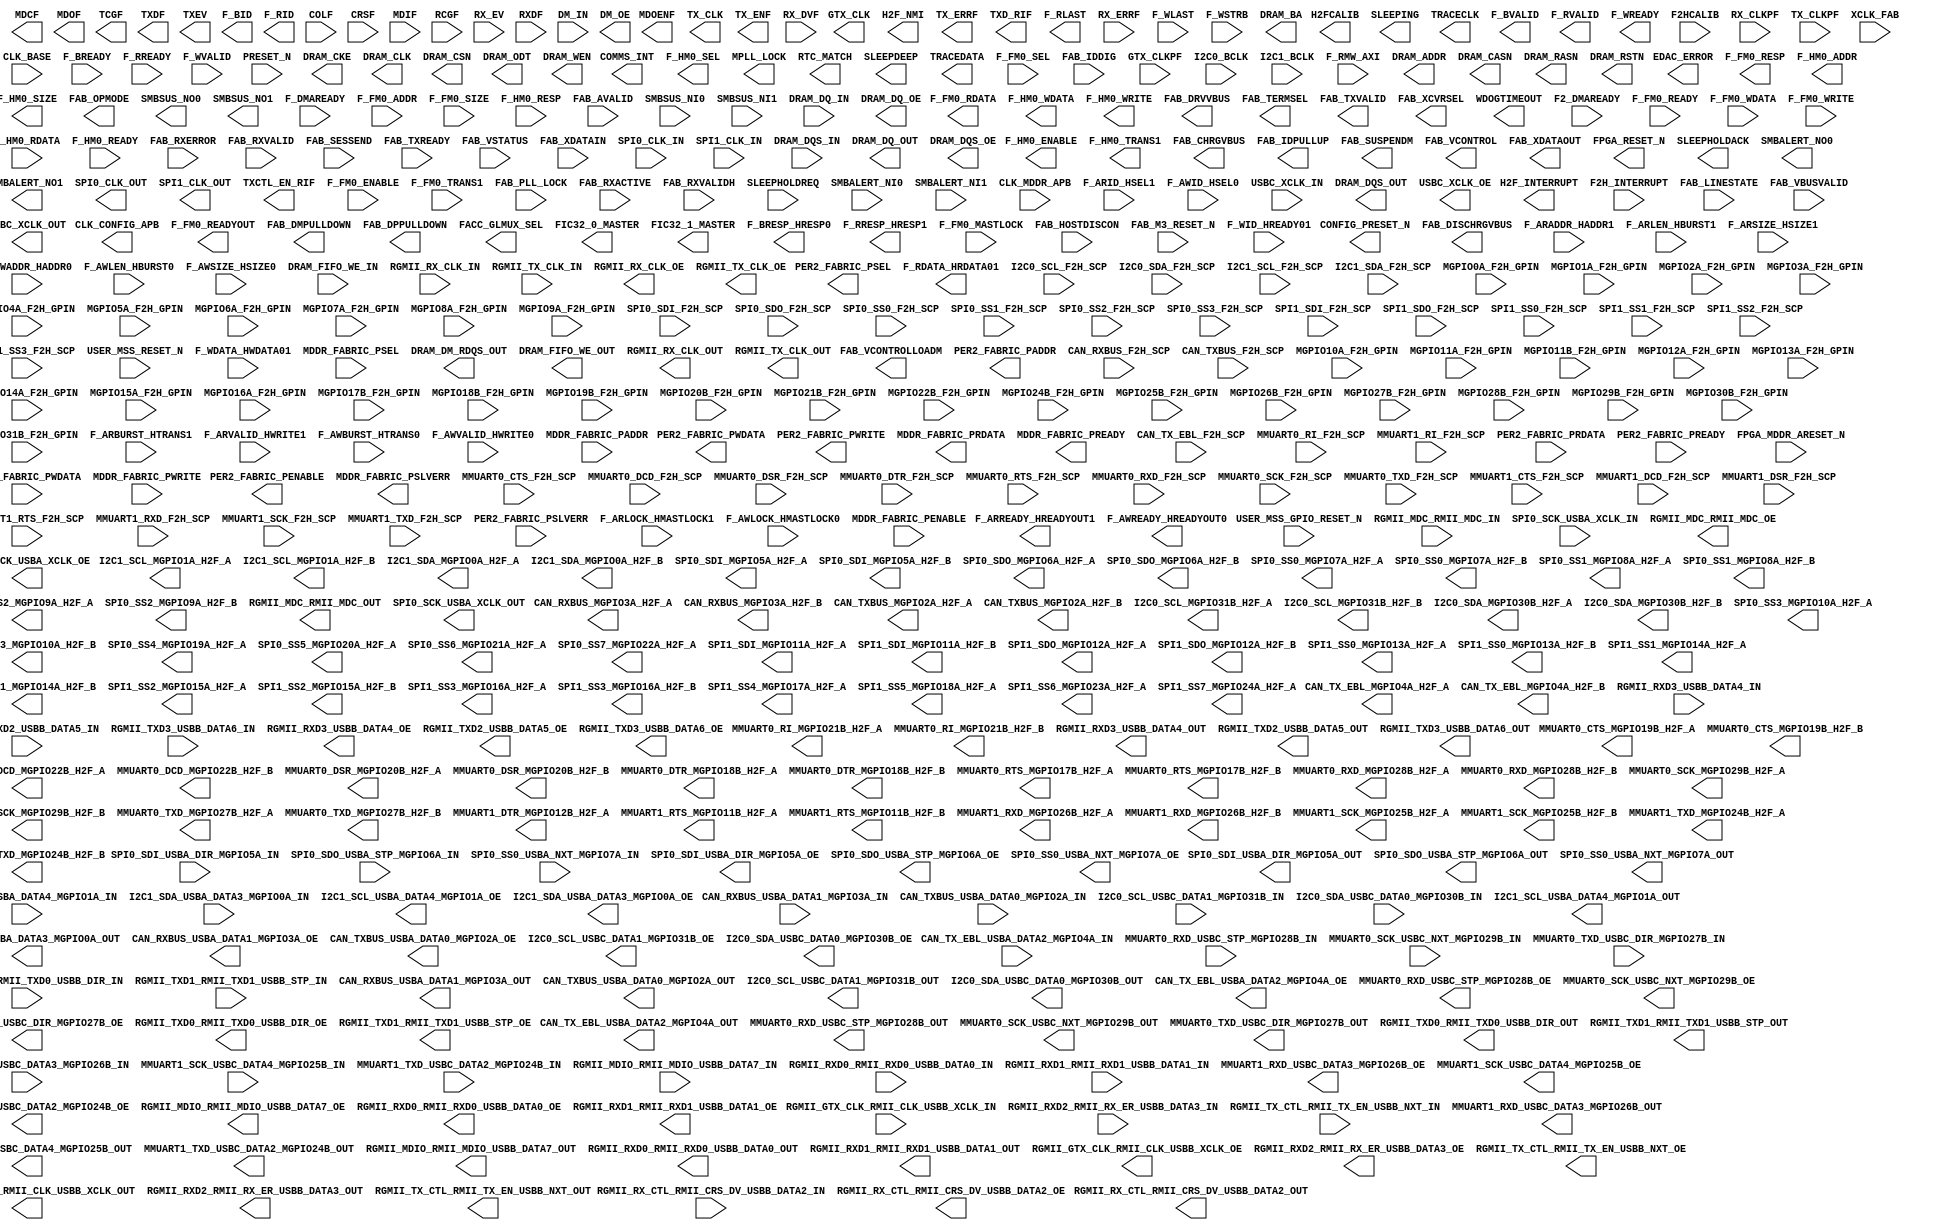
`timescale 1 ns/100 ps
// Version: 


module MSS_005(
       CAN_RXBUS_MGPIO3A_H2F_A,
       CAN_RXBUS_MGPIO3A_H2F_B,
       CAN_TX_EBL_MGPIO4A_H2F_A,
       CAN_TX_EBL_MGPIO4A_H2F_B,
       CAN_TXBUS_MGPIO2A_H2F_A,
       CAN_TXBUS_MGPIO2A_H2F_B,
       CLK_CONFIG_APB,
       COMMS_INT,
       CONFIG_PRESET_N,
       EDAC_ERROR,
       F_FM0_RDATA,
       F_FM0_READYOUT,
       F_FM0_RESP,
       F_HM0_ADDR,
       F_HM0_ENABLE,
       F_HM0_SEL,
       F_HM0_SIZE,
       F_HM0_TRANS1,
       F_HM0_WDATA,
       F_HM0_WRITE,
       FAB_CHRGVBUS,
       FAB_DISCHRGVBUS,
       FAB_DMPULLDOWN,
       FAB_DPPULLDOWN,
       FAB_DRVVBUS,
       FAB_IDPULLUP,
       FAB_OPMODE,
       FAB_SUSPENDM,
       FAB_TERMSEL,
       FAB_TXVALID,
       FAB_VCONTROL,
       FAB_VCONTROLLOADM,
       FAB_XCVRSEL,
       FAB_XDATAOUT,
       FACC_GLMUX_SEL,
       FIC32_0_MASTER,
       FIC32_1_MASTER,
       FPGA_RESET_N,
       GTX_CLK,
       H2F_INTERRUPT,
       H2F_NMI,
       H2FCALIB,
       I2C0_SCL_MGPIO31B_H2F_A,
       I2C0_SCL_MGPIO31B_H2F_B,
       I2C0_SDA_MGPIO30B_H2F_A,
       I2C0_SDA_MGPIO30B_H2F_B,
       I2C1_SCL_MGPIO1A_H2F_A,
       I2C1_SCL_MGPIO1A_H2F_B,
       I2C1_SDA_MGPIO0A_H2F_A,
       I2C1_SDA_MGPIO0A_H2F_B,
       MDCF,
       MDOENF,
       MDOF,
       MMUART0_CTS_MGPIO19B_H2F_A,
       MMUART0_CTS_MGPIO19B_H2F_B,
       MMUART0_DCD_MGPIO22B_H2F_A,
       MMUART0_DCD_MGPIO22B_H2F_B,
       MMUART0_DSR_MGPIO20B_H2F_A,
       MMUART0_DSR_MGPIO20B_H2F_B,
       MMUART0_DTR_MGPIO18B_H2F_A,
       MMUART0_DTR_MGPIO18B_H2F_B,
       MMUART0_RI_MGPIO21B_H2F_A,
       MMUART0_RI_MGPIO21B_H2F_B,
       MMUART0_RTS_MGPIO17B_H2F_A,
       MMUART0_RTS_MGPIO17B_H2F_B,
       MMUART0_RXD_MGPIO28B_H2F_A,
       MMUART0_RXD_MGPIO28B_H2F_B,
       MMUART0_SCK_MGPIO29B_H2F_A,
       MMUART0_SCK_MGPIO29B_H2F_B,
       MMUART0_TXD_MGPIO27B_H2F_A,
       MMUART0_TXD_MGPIO27B_H2F_B,
       MMUART1_DTR_MGPIO12B_H2F_A,
       MMUART1_RTS_MGPIO11B_H2F_A,
       MMUART1_RTS_MGPIO11B_H2F_B,
       MMUART1_RXD_MGPIO26B_H2F_A,
       MMUART1_RXD_MGPIO26B_H2F_B,
       MMUART1_SCK_MGPIO25B_H2F_A,
       MMUART1_SCK_MGPIO25B_H2F_B,
       MMUART1_TXD_MGPIO24B_H2F_A,
       MMUART1_TXD_MGPIO24B_H2F_B,
       MPLL_LOCK,
       PER2_FABRIC_PADDR,
       PER2_FABRIC_PENABLE,
       PER2_FABRIC_PSEL,
       PER2_FABRIC_PWDATA,
       PER2_FABRIC_PWRITE,
       RTC_MATCH,
       SLEEPDEEP,
       SLEEPHOLDACK,
       SLEEPING,
       SMBALERT_NO0,
       SMBALERT_NO1,
       SMBSUS_NO0,
       SMBSUS_NO1,
       SPI0_CLK_OUT,
       SPI0_SDI_MGPIO5A_H2F_A,
       SPI0_SDI_MGPIO5A_H2F_B,
       SPI0_SDO_MGPIO6A_H2F_A,
       SPI0_SDO_MGPIO6A_H2F_B,
       SPI0_SS0_MGPIO7A_H2F_A,
       SPI0_SS0_MGPIO7A_H2F_B,
       SPI0_SS1_MGPIO8A_H2F_A,
       SPI0_SS1_MGPIO8A_H2F_B,
       SPI0_SS2_MGPIO9A_H2F_A,
       SPI0_SS2_MGPIO9A_H2F_B,
       SPI0_SS3_MGPIO10A_H2F_A,
       SPI0_SS3_MGPIO10A_H2F_B,
       SPI0_SS4_MGPIO19A_H2F_A,
       SPI0_SS5_MGPIO20A_H2F_A,
       SPI0_SS6_MGPIO21A_H2F_A,
       SPI0_SS7_MGPIO22A_H2F_A,
       SPI1_CLK_OUT,
       SPI1_SDI_MGPIO11A_H2F_A,
       SPI1_SDI_MGPIO11A_H2F_B,
       SPI1_SDO_MGPIO12A_H2F_A,
       SPI1_SDO_MGPIO12A_H2F_B,
       SPI1_SS0_MGPIO13A_H2F_A,
       SPI1_SS0_MGPIO13A_H2F_B,
       SPI1_SS1_MGPIO14A_H2F_A,
       SPI1_SS1_MGPIO14A_H2F_B,
       SPI1_SS2_MGPIO15A_H2F_A,
       SPI1_SS2_MGPIO15A_H2F_B,
       SPI1_SS3_MGPIO16A_H2F_A,
       SPI1_SS3_MGPIO16A_H2F_B,
       SPI1_SS4_MGPIO17A_H2F_A,
       SPI1_SS5_MGPIO18A_H2F_A,
       SPI1_SS6_MGPIO23A_H2F_A,
       SPI1_SS7_MGPIO24A_H2F_A,
       TCGF,
       TRACECLK,
       TRACEDATA,
       TX_CLK,
       TX_ENF,
       TX_ERRF,
       TXCTL_EN_RIF,
       TXD_RIF,
       TXDF,
       TXEV,
       WDOGTIMEOUT,
       F_ARREADY_HREADYOUT1,
       F_AWREADY_HREADYOUT0,
       F_BID,
       F_BRESP_HRESP0,
       F_BVALID,
       F_RDATA_HRDATA01,
       F_RID,
       F_RLAST,
       F_RRESP_HRESP1,
       F_RVALID,
       F_WREADY,
       MDDR_FABRIC_PRDATA,
       MDDR_FABRIC_PREADY,
       MDDR_FABRIC_PSLVERR,
       CAN_RXBUS_F2H_SCP,
       CAN_TX_EBL_F2H_SCP,
       CAN_TXBUS_F2H_SCP,
       COLF,
       CRSF,
       F2_DMAREADY,
       F2H_INTERRUPT,
       F2HCALIB,
       F_DMAREADY,
       F_FM0_ADDR,
       F_FM0_ENABLE,
       F_FM0_MASTLOCK,
       F_FM0_READY,
       F_FM0_SEL,
       F_FM0_SIZE,
       F_FM0_TRANS1,
       F_FM0_WDATA,
       F_FM0_WRITE,
       F_HM0_RDATA,
       F_HM0_READY,
       F_HM0_RESP,
       FAB_AVALID,
       FAB_HOSTDISCON,
       FAB_IDDIG,
       FAB_LINESTATE,
       FAB_M3_RESET_N,
       FAB_PLL_LOCK,
       FAB_RXACTIVE,
       FAB_RXERROR,
       FAB_RXVALID,
       FAB_RXVALIDH,
       FAB_SESSEND,
       FAB_TXREADY,
       FAB_VBUSVALID,
       FAB_VSTATUS,
       FAB_XDATAIN,
       GTX_CLKPF,
       I2C0_BCLK,
       I2C0_SCL_F2H_SCP,
       I2C0_SDA_F2H_SCP,
       I2C1_BCLK,
       I2C1_SCL_F2H_SCP,
       I2C1_SDA_F2H_SCP,
       MDIF,
       MGPIO0A_F2H_GPIN,
       MGPIO10A_F2H_GPIN,
       MGPIO11A_F2H_GPIN,
       MGPIO11B_F2H_GPIN,
       MGPIO12A_F2H_GPIN,
       MGPIO13A_F2H_GPIN,
       MGPIO14A_F2H_GPIN,
       MGPIO15A_F2H_GPIN,
       MGPIO16A_F2H_GPIN,
       MGPIO17B_F2H_GPIN,
       MGPIO18B_F2H_GPIN,
       MGPIO19B_F2H_GPIN,
       MGPIO1A_F2H_GPIN,
       MGPIO20B_F2H_GPIN,
       MGPIO21B_F2H_GPIN,
       MGPIO22B_F2H_GPIN,
       MGPIO24B_F2H_GPIN,
       MGPIO25B_F2H_GPIN,
       MGPIO26B_F2H_GPIN,
       MGPIO27B_F2H_GPIN,
       MGPIO28B_F2H_GPIN,
       MGPIO29B_F2H_GPIN,
       MGPIO2A_F2H_GPIN,
       MGPIO30B_F2H_GPIN,
       MGPIO31B_F2H_GPIN,
       MGPIO3A_F2H_GPIN,
       MGPIO4A_F2H_GPIN,
       MGPIO5A_F2H_GPIN,
       MGPIO6A_F2H_GPIN,
       MGPIO7A_F2H_GPIN,
       MGPIO8A_F2H_GPIN,
       MGPIO9A_F2H_GPIN,
       MMUART0_CTS_F2H_SCP,
       MMUART0_DCD_F2H_SCP,
       MMUART0_DSR_F2H_SCP,
       MMUART0_DTR_F2H_SCP,
       MMUART0_RI_F2H_SCP,
       MMUART0_RTS_F2H_SCP,
       MMUART0_RXD_F2H_SCP,
       MMUART0_SCK_F2H_SCP,
       MMUART0_TXD_F2H_SCP,
       MMUART1_CTS_F2H_SCP,
       MMUART1_DCD_F2H_SCP,
       MMUART1_DSR_F2H_SCP,
       MMUART1_RI_F2H_SCP,
       MMUART1_RTS_F2H_SCP,
       MMUART1_RXD_F2H_SCP,
       MMUART1_SCK_F2H_SCP,
       MMUART1_TXD_F2H_SCP,
       PER2_FABRIC_PRDATA,
       PER2_FABRIC_PREADY,
       PER2_FABRIC_PSLVERR,
       RCGF,
       RX_CLKPF,
       RX_DVF,
       RX_ERRF,
       RX_EV,
       RXDF,
       SLEEPHOLDREQ,
       SMBALERT_NI0,
       SMBALERT_NI1,
       SMBSUS_NI0,
       SMBSUS_NI1,
       SPI0_CLK_IN,
       SPI0_SDI_F2H_SCP,
       SPI0_SDO_F2H_SCP,
       SPI0_SS0_F2H_SCP,
       SPI0_SS1_F2H_SCP,
       SPI0_SS2_F2H_SCP,
       SPI0_SS3_F2H_SCP,
       SPI1_CLK_IN,
       SPI1_SDI_F2H_SCP,
       SPI1_SDO_F2H_SCP,
       SPI1_SS0_F2H_SCP,
       SPI1_SS1_F2H_SCP,
       SPI1_SS2_F2H_SCP,
       SPI1_SS3_F2H_SCP,
       TX_CLKPF,
       USER_MSS_GPIO_RESET_N,
       USER_MSS_RESET_N,
       XCLK_FAB,
       CLK_BASE,
       CLK_MDDR_APB,
       F_ARADDR_HADDR1,
       F_ARBURST_HTRANS1,
       F_ARID_HSEL1,
       F_ARLEN_HBURST1,
       F_ARLOCK_HMASTLOCK1,
       F_ARSIZE_HSIZE1,
       F_ARVALID_HWRITE1,
       F_AWADDR_HADDR0,
       F_AWBURST_HTRANS0,
       F_AWID_HSEL0,
       F_AWLEN_HBURST0,
       F_AWLOCK_HMASTLOCK0,
       F_AWSIZE_HSIZE0,
       F_AWVALID_HWRITE0,
       F_BREADY,
       F_RMW_AXI,
       F_RREADY,
       F_WDATA_HWDATA01,
       F_WID_HREADY01,
       F_WLAST,
       F_WSTRB,
       F_WVALID,
       FPGA_MDDR_ARESET_N,
       MDDR_FABRIC_PADDR,
       MDDR_FABRIC_PENABLE,
       MDDR_FABRIC_PSEL,
       MDDR_FABRIC_PWDATA,
       MDDR_FABRIC_PWRITE,
       PRESET_N,
       CAN_RXBUS_USBA_DATA1_MGPIO3A_IN,
       CAN_TX_EBL_USBA_DATA2_MGPIO4A_IN,
       CAN_TXBUS_USBA_DATA0_MGPIO2A_IN,
       DM_IN,
       DRAM_DQ_IN,
       DRAM_DQS_IN,
       DRAM_FIFO_WE_IN,
       I2C0_SCL_USBC_DATA1_MGPIO31B_IN,
       I2C0_SDA_USBC_DATA0_MGPIO30B_IN,
       I2C1_SCL_USBA_DATA4_MGPIO1A_IN,
       I2C1_SDA_USBA_DATA3_MGPIO0A_IN,
       MMUART0_RXD_USBC_STP_MGPIO28B_IN,
       MMUART0_SCK_USBC_NXT_MGPIO29B_IN,
       MMUART0_TXD_USBC_DIR_MGPIO27B_IN,
       MMUART1_RXD_USBC_DATA3_MGPIO26B_IN,
       MMUART1_SCK_USBC_DATA4_MGPIO25B_IN,
       MMUART1_TXD_USBC_DATA2_MGPIO24B_IN,
       RGMII_GTX_CLK_RMII_CLK_USBB_XCLK_IN,
       RGMII_MDC_RMII_MDC_IN,
       RGMII_MDIO_RMII_MDIO_USBB_DATA7_IN,
       RGMII_RX_CLK_IN,
       RGMII_RX_CTL_RMII_CRS_DV_USBB_DATA2_IN,
       RGMII_RXD0_RMII_RXD0_USBB_DATA0_IN,
       RGMII_RXD1_RMII_RXD1_USBB_DATA1_IN,
       RGMII_RXD2_RMII_RX_ER_USBB_DATA3_IN,
       RGMII_RXD3_USBB_DATA4_IN,
       RGMII_TX_CLK_IN,
       RGMII_TX_CTL_RMII_TX_EN_USBB_NXT_IN,
       RGMII_TXD0_RMII_TXD0_USBB_DIR_IN,
       RGMII_TXD1_RMII_TXD1_USBB_STP_IN,
       RGMII_TXD2_USBB_DATA5_IN,
       RGMII_TXD3_USBB_DATA6_IN,
       SPI0_SCK_USBA_XCLK_IN,
       SPI0_SDI_USBA_DIR_MGPIO5A_IN,
       SPI0_SDO_USBA_STP_MGPIO6A_IN,
       SPI0_SS0_USBA_NXT_MGPIO7A_IN,
       USBC_XCLK_IN,
       CAN_RXBUS_USBA_DATA1_MGPIO3A_OUT,
       CAN_TX_EBL_USBA_DATA2_MGPIO4A_OUT,
       CAN_TXBUS_USBA_DATA0_MGPIO2A_OUT,
       DRAM_ADDR,
       DRAM_BA,
       DRAM_CASN,
       DRAM_CKE,
       DRAM_CLK,
       DRAM_CSN,
       DRAM_DM_RDQS_OUT,
       DRAM_DQ_OUT,
       DRAM_DQS_OUT,
       DRAM_FIFO_WE_OUT,
       DRAM_ODT,
       DRAM_RASN,
       DRAM_RSTN,
       DRAM_WEN,
       I2C0_SCL_USBC_DATA1_MGPIO31B_OUT,
       I2C0_SDA_USBC_DATA0_MGPIO30B_OUT,
       I2C1_SCL_USBA_DATA4_MGPIO1A_OUT,
       I2C1_SDA_USBA_DATA3_MGPIO0A_OUT,
       MMUART0_RXD_USBC_STP_MGPIO28B_OUT,
       MMUART0_SCK_USBC_NXT_MGPIO29B_OUT,
       MMUART0_TXD_USBC_DIR_MGPIO27B_OUT,
       MMUART1_RXD_USBC_DATA3_MGPIO26B_OUT,
       MMUART1_SCK_USBC_DATA4_MGPIO25B_OUT,
       MMUART1_TXD_USBC_DATA2_MGPIO24B_OUT,
       RGMII_GTX_CLK_RMII_CLK_USBB_XCLK_OUT,
       RGMII_MDC_RMII_MDC_OUT,
       RGMII_MDIO_RMII_MDIO_USBB_DATA7_OUT,
       RGMII_RX_CLK_OUT,
       RGMII_RX_CTL_RMII_CRS_DV_USBB_DATA2_OUT,
       RGMII_RXD0_RMII_RXD0_USBB_DATA0_OUT,
       RGMII_RXD1_RMII_RXD1_USBB_DATA1_OUT,
       RGMII_RXD2_RMII_RX_ER_USBB_DATA3_OUT,
       RGMII_RXD3_USBB_DATA4_OUT,
       RGMII_TX_CLK_OUT,
       RGMII_TX_CTL_RMII_TX_EN_USBB_NXT_OUT,
       RGMII_TXD0_RMII_TXD0_USBB_DIR_OUT,
       RGMII_TXD1_RMII_TXD1_USBB_STP_OUT,
       RGMII_TXD2_USBB_DATA5_OUT,
       RGMII_TXD3_USBB_DATA6_OUT,
       SPI0_SCK_USBA_XCLK_OUT,
       SPI0_SDI_USBA_DIR_MGPIO5A_OUT,
       SPI0_SDO_USBA_STP_MGPIO6A_OUT,
       SPI0_SS0_USBA_NXT_MGPIO7A_OUT,
       USBC_XCLK_OUT,
       CAN_RXBUS_USBA_DATA1_MGPIO3A_OE,
       CAN_TX_EBL_USBA_DATA2_MGPIO4A_OE,
       CAN_TXBUS_USBA_DATA0_MGPIO2A_OE,
       DM_OE,
       DRAM_DQ_OE,
       DRAM_DQS_OE,
       I2C0_SCL_USBC_DATA1_MGPIO31B_OE,
       I2C0_SDA_USBC_DATA0_MGPIO30B_OE,
       I2C1_SCL_USBA_DATA4_MGPIO1A_OE,
       I2C1_SDA_USBA_DATA3_MGPIO0A_OE,
       MMUART0_RXD_USBC_STP_MGPIO28B_OE,
       MMUART0_SCK_USBC_NXT_MGPIO29B_OE,
       MMUART0_TXD_USBC_DIR_MGPIO27B_OE,
       MMUART1_RXD_USBC_DATA3_MGPIO26B_OE,
       MMUART1_SCK_USBC_DATA4_MGPIO25B_OE,
       MMUART1_TXD_USBC_DATA2_MGPIO24B_OE,
       RGMII_GTX_CLK_RMII_CLK_USBB_XCLK_OE,
       RGMII_MDC_RMII_MDC_OE,
       RGMII_MDIO_RMII_MDIO_USBB_DATA7_OE,
       RGMII_RX_CLK_OE,
       RGMII_RX_CTL_RMII_CRS_DV_USBB_DATA2_OE,
       RGMII_RXD0_RMII_RXD0_USBB_DATA0_OE,
       RGMII_RXD1_RMII_RXD1_USBB_DATA1_OE,
       RGMII_RXD2_RMII_RX_ER_USBB_DATA3_OE,
       RGMII_RXD3_USBB_DATA4_OE,
       RGMII_TX_CLK_OE,
       RGMII_TX_CTL_RMII_TX_EN_USBB_NXT_OE,
       RGMII_TXD0_RMII_TXD0_USBB_DIR_OE,
       RGMII_TXD1_RMII_TXD1_USBB_STP_OE,
       RGMII_TXD2_USBB_DATA5_OE,
       RGMII_TXD3_USBB_DATA6_OE,
       SPI0_SCK_USBA_XCLK_OE,
       SPI0_SDI_USBA_DIR_MGPIO5A_OE,
       SPI0_SDO_USBA_STP_MGPIO6A_OE,
       SPI0_SS0_USBA_NXT_MGPIO7A_OE,
       USBC_XCLK_OE
    )
/* synthesis black_box

pragma attribute MSS_005 ment_tsu0 CAN_RXBUS_F2H_SCP->CLK_BASE+1.233
pragma attribute MSS_005 ment_tsu1 F2HCALIB->CLK_BASE+0.964
pragma attribute MSS_005 ment_tsu2 F2H_INTERRUPT[0]->CLK_BASE+0.749
pragma attribute MSS_005 ment_tsu3 F2H_INTERRUPT[10]->CLK_BASE+0.808
pragma attribute MSS_005 ment_tsu4 F2H_INTERRUPT[11]->CLK_BASE+0.824
pragma attribute MSS_005 ment_tsu5 F2H_INTERRUPT[12]->CLK_BASE+0.789
pragma attribute MSS_005 ment_tsu6 F2H_INTERRUPT[13]->CLK_BASE+0.819
pragma attribute MSS_005 ment_tsu7 F2H_INTERRUPT[14]->CLK_BASE+0.831
pragma attribute MSS_005 ment_tsu8 F2H_INTERRUPT[15]->CLK_BASE+0.812
pragma attribute MSS_005 ment_tsu9 F2H_INTERRUPT[1]->CLK_BASE+0.699
pragma attribute MSS_005 ment_tsu10 F2H_INTERRUPT[2]->CLK_BASE+0.819
pragma attribute MSS_005 ment_tsu11 F2H_INTERRUPT[3]->CLK_BASE+0.838
pragma attribute MSS_005 ment_tsu12 F2H_INTERRUPT[4]->CLK_BASE+0.855
pragma attribute MSS_005 ment_tsu13 F2H_INTERRUPT[5]->CLK_BASE+0.821
pragma attribute MSS_005 ment_tsu14 F2H_INTERRUPT[6]->CLK_BASE+0.721
pragma attribute MSS_005 ment_tsu15 F2H_INTERRUPT[7]->CLK_BASE+0.778
pragma attribute MSS_005 ment_tsu16 F2H_INTERRUPT[8]->CLK_BASE+0.721
pragma attribute MSS_005 ment_tsu17 F2H_INTERRUPT[9]->CLK_BASE+0.704
pragma attribute MSS_005 ment_tsu18 F_FM0_ADDR[0]->CLK_BASE+3.157
pragma attribute MSS_005 ment_tsu19 F_FM0_ADDR[10]->CLK_BASE+4.029
pragma attribute MSS_005 ment_tsu20 F_FM0_ADDR[11]->CLK_BASE+4.054
pragma attribute MSS_005 ment_tsu21 F_FM0_ADDR[12]->CLK_BASE+4.190
pragma attribute MSS_005 ment_tsu22 F_FM0_ADDR[13]->CLK_BASE+3.896
pragma attribute MSS_005 ment_tsu23 F_FM0_ADDR[14]->CLK_BASE+4.078
pragma attribute MSS_005 ment_tsu24 F_FM0_ADDR[15]->CLK_BASE+3.993
pragma attribute MSS_005 ment_tsu25 F_FM0_ADDR[16]->CLK_BASE+3.837
pragma attribute MSS_005 ment_tsu26 F_FM0_ADDR[17]->CLK_BASE+4.419
pragma attribute MSS_005 ment_tsu27 F_FM0_ADDR[18]->CLK_BASE+4.784
pragma attribute MSS_005 ment_tsu28 F_FM0_ADDR[19]->CLK_BASE+4.419
pragma attribute MSS_005 ment_tsu29 F_FM0_ADDR[1]->CLK_BASE+2.852
pragma attribute MSS_005 ment_tsu30 F_FM0_ADDR[20]->CLK_BASE+4.720
pragma attribute MSS_005 ment_tsu31 F_FM0_ADDR[21]->CLK_BASE+4.497
pragma attribute MSS_005 ment_tsu32 F_FM0_ADDR[22]->CLK_BASE+4.823
pragma attribute MSS_005 ment_tsu33 F_FM0_ADDR[23]->CLK_BASE+4.319
pragma attribute MSS_005 ment_tsu34 F_FM0_ADDR[24]->CLK_BASE+4.318
pragma attribute MSS_005 ment_tsu35 F_FM0_ADDR[25]->CLK_BASE+4.860
pragma attribute MSS_005 ment_tsu36 F_FM0_ADDR[26]->CLK_BASE+4.380
pragma attribute MSS_005 ment_tsu37 F_FM0_ADDR[27]->CLK_BASE+4.569
pragma attribute MSS_005 ment_tsu38 F_FM0_ADDR[28]->CLK_BASE+4.434
pragma attribute MSS_005 ment_tsu39 F_FM0_ADDR[29]->CLK_BASE+4.528
pragma attribute MSS_005 ment_tsu40 F_FM0_ADDR[2]->CLK_BASE+3.346
pragma attribute MSS_005 ment_tsu41 F_FM0_ADDR[30]->CLK_BASE+4.568
pragma attribute MSS_005 ment_tsu42 F_FM0_ADDR[31]->CLK_BASE+4.691
pragma attribute MSS_005 ment_tsu43 F_FM0_ADDR[3]->CLK_BASE+2.863
pragma attribute MSS_005 ment_tsu44 F_FM0_ADDR[4]->CLK_BASE+3.041
pragma attribute MSS_005 ment_tsu45 F_FM0_ADDR[5]->CLK_BASE+2.907
pragma attribute MSS_005 ment_tsu46 F_FM0_ADDR[6]->CLK_BASE+3.001
pragma attribute MSS_005 ment_tsu47 F_FM0_ADDR[7]->CLK_BASE+3.974
pragma attribute MSS_005 ment_tsu48 F_FM0_ADDR[8]->CLK_BASE+3.948
pragma attribute MSS_005 ment_tsu49 F_FM0_ADDR[9]->CLK_BASE+4.230
pragma attribute MSS_005 ment_tsu50 F_FM0_ENABLE->CLK_BASE+1.226
pragma attribute MSS_005 ment_tsu51 F_FM0_MASTLOCK->CLK_BASE+3.904
pragma attribute MSS_005 ment_tsu52 F_FM0_READY->CLK_BASE+0.819
pragma attribute MSS_005 ment_tsu53 F_FM0_SEL->CLK_BASE+1.313
pragma attribute MSS_005 ment_tsu54 F_FM0_SIZE[0]->CLK_BASE+2.736
pragma attribute MSS_005 ment_tsu55 F_FM0_SIZE[1]->CLK_BASE+3.034
pragma attribute MSS_005 ment_tsu56 F_FM0_TRANS1->CLK_BASE+4.832
pragma attribute MSS_005 ment_tsu57 F_FM0_WDATA[0]->CLK_BASE+2.685
pragma attribute MSS_005 ment_tsu58 F_FM0_WDATA[10]->CLK_BASE+2.993
pragma attribute MSS_005 ment_tsu59 F_FM0_WDATA[11]->CLK_BASE+2.691
pragma attribute MSS_005 ment_tsu60 F_FM0_WDATA[12]->CLK_BASE+2.572
pragma attribute MSS_005 ment_tsu61 F_FM0_WDATA[13]->CLK_BASE+3.037
pragma attribute MSS_005 ment_tsu62 F_FM0_WDATA[14]->CLK_BASE+2.965
pragma attribute MSS_005 ment_tsu63 F_FM0_WDATA[15]->CLK_BASE+2.918
pragma attribute MSS_005 ment_tsu64 F_FM0_WDATA[16]->CLK_BASE+2.724
pragma attribute MSS_005 ment_tsu65 F_FM0_WDATA[17]->CLK_BASE+2.852
pragma attribute MSS_005 ment_tsu66 F_FM0_WDATA[18]->CLK_BASE+2.914
pragma attribute MSS_005 ment_tsu67 F_FM0_WDATA[19]->CLK_BASE+2.542
pragma attribute MSS_005 ment_tsu68 F_FM0_WDATA[1]->CLK_BASE+3.374
pragma attribute MSS_005 ment_tsu69 F_FM0_WDATA[20]->CLK_BASE+2.949
pragma attribute MSS_005 ment_tsu70 F_FM0_WDATA[21]->CLK_BASE+2.697
pragma attribute MSS_005 ment_tsu71 F_FM0_WDATA[22]->CLK_BASE+2.682
pragma attribute MSS_005 ment_tsu72 F_FM0_WDATA[23]->CLK_BASE+2.929
pragma attribute MSS_005 ment_tsu73 F_FM0_WDATA[24]->CLK_BASE+2.608
pragma attribute MSS_005 ment_tsu74 F_FM0_WDATA[25]->CLK_BASE+2.801
pragma attribute MSS_005 ment_tsu75 F_FM0_WDATA[26]->CLK_BASE+2.526
pragma attribute MSS_005 ment_tsu76 F_FM0_WDATA[27]->CLK_BASE+2.965
pragma attribute MSS_005 ment_tsu77 F_FM0_WDATA[28]->CLK_BASE+2.645
pragma attribute MSS_005 ment_tsu78 F_FM0_WDATA[29]->CLK_BASE+2.932
pragma attribute MSS_005 ment_tsu79 F_FM0_WDATA[2]->CLK_BASE+2.686
pragma attribute MSS_005 ment_tsu80 F_FM0_WDATA[30]->CLK_BASE+2.873
pragma attribute MSS_005 ment_tsu81 F_FM0_WDATA[31]->CLK_BASE+2.649
pragma attribute MSS_005 ment_tsu82 F_FM0_WDATA[3]->CLK_BASE+2.655
pragma attribute MSS_005 ment_tsu83 F_FM0_WDATA[4]->CLK_BASE+2.920
pragma attribute MSS_005 ment_tsu84 F_FM0_WDATA[5]->CLK_BASE+2.742
pragma attribute MSS_005 ment_tsu85 F_FM0_WDATA[6]->CLK_BASE+2.592
pragma attribute MSS_005 ment_tsu86 F_FM0_WDATA[7]->CLK_BASE+3.007
pragma attribute MSS_005 ment_tsu87 F_FM0_WDATA[8]->CLK_BASE+3.222
pragma attribute MSS_005 ment_tsu88 F_FM0_WDATA[9]->CLK_BASE+2.574
pragma attribute MSS_005 ment_tsu89 F_FM0_WRITE->CLK_BASE+4.863
pragma attribute MSS_005 ment_tsu90 F_HM0_RDATA[0]->CLK_BASE+3.120
pragma attribute MSS_005 ment_tsu91 F_HM0_RDATA[10]->CLK_BASE+3.296
pragma attribute MSS_005 ment_tsu92 F_HM0_RDATA[11]->CLK_BASE+2.921
pragma attribute MSS_005 ment_tsu93 F_HM0_RDATA[12]->CLK_BASE+3.507
pragma attribute MSS_005 ment_tsu94 F_HM0_RDATA[13]->CLK_BASE+3.101
pragma attribute MSS_005 ment_tsu95 F_HM0_RDATA[14]->CLK_BASE+3.240
pragma attribute MSS_005 ment_tsu96 F_HM0_RDATA[15]->CLK_BASE+3.109
pragma attribute MSS_005 ment_tsu97 F_HM0_RDATA[16]->CLK_BASE+3.210
pragma attribute MSS_005 ment_tsu98 F_HM0_RDATA[17]->CLK_BASE+3.114
pragma attribute MSS_005 ment_tsu99 F_HM0_RDATA[18]->CLK_BASE+3.195
pragma attribute MSS_005 ment_tsu100 F_HM0_RDATA[19]->CLK_BASE+3.425
pragma attribute MSS_005 ment_tsu101 F_HM0_RDATA[1]->CLK_BASE+2.673
pragma attribute MSS_005 ment_tsu102 F_HM0_RDATA[20]->CLK_BASE+2.867
pragma attribute MSS_005 ment_tsu103 F_HM0_RDATA[21]->CLK_BASE+2.936
pragma attribute MSS_005 ment_tsu104 F_HM0_RDATA[22]->CLK_BASE+3.257
pragma attribute MSS_005 ment_tsu105 F_HM0_RDATA[23]->CLK_BASE+3.259
pragma attribute MSS_005 ment_tsu106 F_HM0_RDATA[24]->CLK_BASE+3.609
pragma attribute MSS_005 ment_tsu107 F_HM0_RDATA[25]->CLK_BASE+3.238
pragma attribute MSS_005 ment_tsu108 F_HM0_RDATA[26]->CLK_BASE+3.267
pragma attribute MSS_005 ment_tsu109 F_HM0_RDATA[27]->CLK_BASE+3.240
pragma attribute MSS_005 ment_tsu110 F_HM0_RDATA[28]->CLK_BASE+3.241
pragma attribute MSS_005 ment_tsu111 F_HM0_RDATA[29]->CLK_BASE+3.637
pragma attribute MSS_005 ment_tsu112 F_HM0_RDATA[2]->CLK_BASE+2.936
pragma attribute MSS_005 ment_tsu113 F_HM0_RDATA[30]->CLK_BASE+2.919
pragma attribute MSS_005 ment_tsu114 F_HM0_RDATA[31]->CLK_BASE+3.143
pragma attribute MSS_005 ment_tsu115 F_HM0_RDATA[3]->CLK_BASE+2.843
pragma attribute MSS_005 ment_tsu116 F_HM0_RDATA[4]->CLK_BASE+3.058
pragma attribute MSS_005 ment_tsu117 F_HM0_RDATA[5]->CLK_BASE+2.697
pragma attribute MSS_005 ment_tsu118 F_HM0_RDATA[6]->CLK_BASE+2.868
pragma attribute MSS_005 ment_tsu119 F_HM0_RDATA[7]->CLK_BASE+3.035
pragma attribute MSS_005 ment_tsu120 F_HM0_RDATA[8]->CLK_BASE+2.869
pragma attribute MSS_005 ment_tsu121 F_HM0_RDATA[9]->CLK_BASE+3.312
pragma attribute MSS_005 ment_tsu122 F_HM0_READY->CLK_BASE+3.808
pragma attribute MSS_005 ment_tsu123 F_HM0_RESP->CLK_BASE+3.565
pragma attribute MSS_005 ment_tsu124 I2C0_SDA_F2H_SCP->I2C0_SCL_F2H_SCP+-0.088
pragma attribute MSS_005 ment_tsu125 I2C1_SDA_F2H_SCP->I2C1_SCL_F2H_SCP+-0.022
pragma attribute MSS_005 ment_tsu126 MGPIO0A_F2H_GPIN->CLK_BASE+0.830
pragma attribute MSS_005 ment_tsu127 MGPIO10A_F2H_GPIN->CLK_BASE+0.959
pragma attribute MSS_005 ment_tsu128 MGPIO11A_F2H_GPIN->CLK_BASE+0.835
pragma attribute MSS_005 ment_tsu129 MGPIO11B_F2H_GPIN->CLK_BASE+0.967
pragma attribute MSS_005 ment_tsu130 MGPIO12A_F2H_GPIN->CLK_BASE+0.824
pragma attribute MSS_005 ment_tsu131 MGPIO13A_F2H_GPIN->CLK_BASE+0.712
pragma attribute MSS_005 ment_tsu132 MGPIO14A_F2H_GPIN->CLK_BASE+0.788
pragma attribute MSS_005 ment_tsu133 MGPIO15A_F2H_GPIN->CLK_BASE+0.611
pragma attribute MSS_005 ment_tsu134 MGPIO16A_F2H_GPIN->CLK_BASE+0.676
pragma attribute MSS_005 ment_tsu135 MGPIO17B_F2H_GPIN->CLK_BASE+0.840
pragma attribute MSS_005 ment_tsu136 MGPIO18B_F2H_GPIN->CLK_BASE+0.991
pragma attribute MSS_005 ment_tsu137 MGPIO19B_F2H_GPIN->CLK_BASE+0.872
pragma attribute MSS_005 ment_tsu138 MGPIO1A_F2H_GPIN->CLK_BASE+1.121
pragma attribute MSS_005 ment_tsu139 MGPIO20B_F2H_GPIN->CLK_BASE+0.931
pragma attribute MSS_005 ment_tsu140 MGPIO21B_F2H_GPIN->CLK_BASE+0.983
pragma attribute MSS_005 ment_tsu141 MGPIO22B_F2H_GPIN->CLK_BASE+0.903
pragma attribute MSS_005 ment_tsu142 MGPIO24B_F2H_GPIN->CLK_BASE+0.687
pragma attribute MSS_005 ment_tsu143 MGPIO25B_F2H_GPIN->CLK_BASE+0.690
pragma attribute MSS_005 ment_tsu144 MGPIO26B_F2H_GPIN->CLK_BASE+0.987
pragma attribute MSS_005 ment_tsu145 MGPIO27B_F2H_GPIN->CLK_BASE+1.173
pragma attribute MSS_005 ment_tsu146 MGPIO28B_F2H_GPIN->CLK_BASE+1.200
pragma attribute MSS_005 ment_tsu147 MGPIO29B_F2H_GPIN->CLK_BASE+0.751
pragma attribute MSS_005 ment_tsu148 MGPIO2A_F2H_GPIN->CLK_BASE+1.039
pragma attribute MSS_005 ment_tsu149 MGPIO30B_F2H_GPIN->CLK_BASE+0.892
pragma attribute MSS_005 ment_tsu150 MGPIO31B_F2H_GPIN->CLK_BASE+1.181
pragma attribute MSS_005 ment_tsu151 MGPIO3A_F2H_GPIN->CLK_BASE+0.922
pragma attribute MSS_005 ment_tsu152 MGPIO4A_F2H_GPIN->CLK_BASE+0.926
pragma attribute MSS_005 ment_tsu153 MGPIO5A_F2H_GPIN->CLK_BASE+0.976
pragma attribute MSS_005 ment_tsu154 MGPIO6A_F2H_GPIN->CLK_BASE+0.907
pragma attribute MSS_005 ment_tsu155 MGPIO7A_F2H_GPIN->CLK_BASE+0.955
pragma attribute MSS_005 ment_tsu156 MGPIO8A_F2H_GPIN->CLK_BASE+0.963
pragma attribute MSS_005 ment_tsu157 MGPIO9A_F2H_GPIN->CLK_BASE+0.994
pragma attribute MSS_005 ment_tsu158 MMUART0_CTS_F2H_SCP->CLK_BASE+1.358
pragma attribute MSS_005 ment_tsu159 MMUART0_DCD_F2H_SCP->CLK_BASE+1.696
pragma attribute MSS_005 ment_tsu160 MMUART0_DSR_F2H_SCP->CLK_BASE+1.538
pragma attribute MSS_005 ment_tsu161 MMUART0_RI_F2H_SCP->CLK_BASE+1.322
pragma attribute MSS_005 ment_tsu162 MMUART0_RXD_F2H_SCP->CLK_BASE+1.450
pragma attribute MSS_005 ment_tsu163 MMUART0_SCK_F2H_SCP->CLK_BASE+1.276
pragma attribute MSS_005 ment_tsu164 MMUART0_TXD_F2H_SCP->CLK_BASE+1.490
pragma attribute MSS_005 ment_tsu165 MMUART1_CTS_F2H_SCP->CLK_BASE+1.616
pragma attribute MSS_005 ment_tsu166 MMUART1_DCD_F2H_SCP->CLK_BASE+1.558
pragma attribute MSS_005 ment_tsu167 MMUART1_DSR_F2H_SCP->CLK_BASE+1.582
pragma attribute MSS_005 ment_tsu168 MMUART1_RI_F2H_SCP->CLK_BASE+1.452
pragma attribute MSS_005 ment_tsu169 MMUART1_RXD_F2H_SCP->CLK_BASE+1.210
pragma attribute MSS_005 ment_tsu170 MMUART1_SCK_F2H_SCP->CLK_BASE+1.608
pragma attribute MSS_005 ment_tsu171 MMUART1_TXD_F2H_SCP->CLK_BASE+1.273
pragma attribute MSS_005 ment_tsu172 SMBALERT_NI0->I2C0_SCL_F2H_SCP+-1.055
pragma attribute MSS_005 ment_tsu173 SMBALERT_NI1->I2C1_SCL_F2H_SCP+-0.524
pragma attribute MSS_005 ment_tsu174 SMBSUS_NI0->I2C0_SCL_F2H_SCP+-1.029
pragma attribute MSS_005 ment_tsu175 SMBSUS_NI1->I2C1_SCL_F2H_SCP+-0.368
pragma attribute MSS_005 ment_tsu176 SPI0_SDI_F2H_SCP->SPI0_CLK_IN+1.173
pragma attribute MSS_005 ment_tsu177 SPI1_SDI_F2H_SCP->SPI1_CLK_IN+0.833
pragma attribute MSS_005 ment_tco0 CLK_BASE->CAN_RXBUS_MGPIO3A_H2F_A+3.617
pragma attribute MSS_005 ment_tco1 CLK_BASE->CAN_RXBUS_MGPIO3A_H2F_B+3.547
pragma attribute MSS_005 ment_tco2 CLK_BASE->CAN_TXBUS_MGPIO2A_H2F_A+3.909
pragma attribute MSS_005 ment_tco3 CLK_BASE->CAN_TXBUS_MGPIO2A_H2F_B+3.486
pragma attribute MSS_005 ment_tco4 CLK_BASE->CAN_TXBUS_USBA_DATA0_MGPIO2A_OUT+3.540
pragma attribute MSS_005 ment_tco5 CLK_BASE->CAN_TX_EBL_MGPIO4A_H2F_A+3.594
pragma attribute MSS_005 ment_tco6 CLK_BASE->CAN_TX_EBL_MGPIO4A_H2F_B+3.404
pragma attribute MSS_005 ment_tco7 CLK_BASE->CAN_TX_EBL_USBA_DATA2_MGPIO4A_OUT+3.367
pragma attribute MSS_005 ment_tco8 CLK_BASE->F_FM0_RDATA[0]+5.412
pragma attribute MSS_005 ment_tco9 CLK_BASE->F_FM0_RDATA[10]+5.420
pragma attribute MSS_005 ment_tco10 CLK_BASE->F_FM0_RDATA[11]+4.978
pragma attribute MSS_005 ment_tco11 CLK_BASE->F_FM0_RDATA[12]+5.103
pragma attribute MSS_005 ment_tco12 CLK_BASE->F_FM0_RDATA[13]+5.008
pragma attribute MSS_005 ment_tco13 CLK_BASE->F_FM0_RDATA[14]+5.055
pragma attribute MSS_005 ment_tco14 CLK_BASE->F_FM0_RDATA[15]+5.791
pragma attribute MSS_005 ment_tco15 CLK_BASE->F_FM0_RDATA[16]+5.619
pragma attribute MSS_005 ment_tco16 CLK_BASE->F_FM0_RDATA[17]+5.271
pragma attribute MSS_005 ment_tco17 CLK_BASE->F_FM0_RDATA[18]+5.340
pragma attribute MSS_005 ment_tco18 CLK_BASE->F_FM0_RDATA[19]+5.091
pragma attribute MSS_005 ment_tco19 CLK_BASE->F_FM0_RDATA[1]+5.700
pragma attribute MSS_005 ment_tco20 CLK_BASE->F_FM0_RDATA[20]+4.983
pragma attribute MSS_005 ment_tco21 CLK_BASE->F_FM0_RDATA[21]+5.278
pragma attribute MSS_005 ment_tco22 CLK_BASE->F_FM0_RDATA[22]+5.141
pragma attribute MSS_005 ment_tco23 CLK_BASE->F_FM0_RDATA[23]+5.168
pragma attribute MSS_005 ment_tco24 CLK_BASE->F_FM0_RDATA[24]+5.425
pragma attribute MSS_005 ment_tco25 CLK_BASE->F_FM0_RDATA[25]+5.284
pragma attribute MSS_005 ment_tco26 CLK_BASE->F_FM0_RDATA[26]+5.233
pragma attribute MSS_005 ment_tco27 CLK_BASE->F_FM0_RDATA[27]+5.025
pragma attribute MSS_005 ment_tco28 CLK_BASE->F_FM0_RDATA[28]+5.221
pragma attribute MSS_005 ment_tco29 CLK_BASE->F_FM0_RDATA[29]+5.279
pragma attribute MSS_005 ment_tco30 CLK_BASE->F_FM0_RDATA[2]+5.203
pragma attribute MSS_005 ment_tco31 CLK_BASE->F_FM0_RDATA[30]+5.358
pragma attribute MSS_005 ment_tco32 CLK_BASE->F_FM0_RDATA[31]+5.119
pragma attribute MSS_005 ment_tco33 CLK_BASE->F_FM0_RDATA[3]+5.132
pragma attribute MSS_005 ment_tco34 CLK_BASE->F_FM0_RDATA[4]+5.484
pragma attribute MSS_005 ment_tco35 CLK_BASE->F_FM0_RDATA[5]+5.174
pragma attribute MSS_005 ment_tco36 CLK_BASE->F_FM0_RDATA[6]+5.355
pragma attribute MSS_005 ment_tco37 CLK_BASE->F_FM0_RDATA[7]+5.007
pragma attribute MSS_005 ment_tco38 CLK_BASE->F_FM0_RDATA[8]+5.219
pragma attribute MSS_005 ment_tco39 CLK_BASE->F_FM0_RDATA[9]+4.890
pragma attribute MSS_005 ment_tco40 CLK_BASE->F_FM0_READYOUT+5.347
pragma attribute MSS_005 ment_tco41 CLK_BASE->F_FM0_RESP+5.191
pragma attribute MSS_005 ment_tco42 CLK_BASE->F_HM0_ADDR[0]+7.646
pragma attribute MSS_005 ment_tco43 CLK_BASE->F_HM0_ADDR[10]+7.646
pragma attribute MSS_005 ment_tco44 CLK_BASE->F_HM0_ADDR[11]+7.894
pragma attribute MSS_005 ment_tco45 CLK_BASE->F_HM0_ADDR[12]+7.786
pragma attribute MSS_005 ment_tco46 CLK_BASE->F_HM0_ADDR[13]+7.619
pragma attribute MSS_005 ment_tco47 CLK_BASE->F_HM0_ADDR[14]+7.580
pragma attribute MSS_005 ment_tco48 CLK_BASE->F_HM0_ADDR[15]+7.896
pragma attribute MSS_005 ment_tco49 CLK_BASE->F_HM0_ADDR[16]+7.534
pragma attribute MSS_005 ment_tco50 CLK_BASE->F_HM0_ADDR[17]+7.640
pragma attribute MSS_005 ment_tco51 CLK_BASE->F_HM0_ADDR[18]+7.573
pragma attribute MSS_005 ment_tco52 CLK_BASE->F_HM0_ADDR[19]+7.577
pragma attribute MSS_005 ment_tco53 CLK_BASE->F_HM0_ADDR[1]+7.419
pragma attribute MSS_005 ment_tco54 CLK_BASE->F_HM0_ADDR[20]+7.596
pragma attribute MSS_005 ment_tco55 CLK_BASE->F_HM0_ADDR[21]+7.461
pragma attribute MSS_005 ment_tco56 CLK_BASE->F_HM0_ADDR[22]+7.448
pragma attribute MSS_005 ment_tco57 CLK_BASE->F_HM0_ADDR[23]+7.480
pragma attribute MSS_005 ment_tco58 CLK_BASE->F_HM0_ADDR[24]+7.701
pragma attribute MSS_005 ment_tco59 CLK_BASE->F_HM0_ADDR[25]+7.493
pragma attribute MSS_005 ment_tco60 CLK_BASE->F_HM0_ADDR[26]+7.461
pragma attribute MSS_005 ment_tco61 CLK_BASE->F_HM0_ADDR[27]+7.491
pragma attribute MSS_005 ment_tco62 CLK_BASE->F_HM0_ADDR[28]+7.925
pragma attribute MSS_005 ment_tco63 CLK_BASE->F_HM0_ADDR[29]+7.536
pragma attribute MSS_005 ment_tco64 CLK_BASE->F_HM0_ADDR[2]+7.617
pragma attribute MSS_005 ment_tco65 CLK_BASE->F_HM0_ADDR[30]+8.075
pragma attribute MSS_005 ment_tco66 CLK_BASE->F_HM0_ADDR[31]+7.991
pragma attribute MSS_005 ment_tco67 CLK_BASE->F_HM0_ADDR[3]+7.668
pragma attribute MSS_005 ment_tco68 CLK_BASE->F_HM0_ADDR[4]+7.614
pragma attribute MSS_005 ment_tco69 CLK_BASE->F_HM0_ADDR[5]+7.579
pragma attribute MSS_005 ment_tco70 CLK_BASE->F_HM0_ADDR[6]+7.514
pragma attribute MSS_005 ment_tco71 CLK_BASE->F_HM0_ADDR[7]+7.741
pragma attribute MSS_005 ment_tco72 CLK_BASE->F_HM0_ADDR[8]+7.595
pragma attribute MSS_005 ment_tco73 CLK_BASE->F_HM0_ADDR[9]+7.912
pragma attribute MSS_005 ment_tco74 CLK_BASE->F_HM0_SEL+7.743
pragma attribute MSS_005 ment_tco75 CLK_BASE->F_HM0_SIZE[0]+7.802
pragma attribute MSS_005 ment_tco76 CLK_BASE->F_HM0_SIZE[1]+7.563
pragma attribute MSS_005 ment_tco77 CLK_BASE->F_HM0_TRANS1+7.280
pragma attribute MSS_005 ment_tco78 CLK_BASE->F_HM0_WDATA[0]+6.425
pragma attribute MSS_005 ment_tco79 CLK_BASE->F_HM0_WDATA[10]+5.993
pragma attribute MSS_005 ment_tco80 CLK_BASE->F_HM0_WDATA[11]+6.473
pragma attribute MSS_005 ment_tco81 CLK_BASE->F_HM0_WDATA[12]+5.727
pragma attribute MSS_005 ment_tco82 CLK_BASE->F_HM0_WDATA[13]+6.455
pragma attribute MSS_005 ment_tco83 CLK_BASE->F_HM0_WDATA[14]+6.092
pragma attribute MSS_005 ment_tco84 CLK_BASE->F_HM0_WDATA[15]+6.803
pragma attribute MSS_005 ment_tco85 CLK_BASE->F_HM0_WDATA[16]+6.071
pragma attribute MSS_005 ment_tco86 CLK_BASE->F_HM0_WDATA[17]+6.003
pragma attribute MSS_005 ment_tco87 CLK_BASE->F_HM0_WDATA[18]+6.408
pragma attribute MSS_005 ment_tco88 CLK_BASE->F_HM0_WDATA[19]+6.423
pragma attribute MSS_005 ment_tco89 CLK_BASE->F_HM0_WDATA[1]+5.850
pragma attribute MSS_005 ment_tco90 CLK_BASE->F_HM0_WDATA[20]+5.910
pragma attribute MSS_005 ment_tco91 CLK_BASE->F_HM0_WDATA[21]+5.920
pragma attribute MSS_005 ment_tco92 CLK_BASE->F_HM0_WDATA[22]+5.826
pragma attribute MSS_005 ment_tco93 CLK_BASE->F_HM0_WDATA[23]+6.095
pragma attribute MSS_005 ment_tco94 CLK_BASE->F_HM0_WDATA[24]+6.341
pragma attribute MSS_005 ment_tco95 CLK_BASE->F_HM0_WDATA[25]+5.974
pragma attribute MSS_005 ment_tco96 CLK_BASE->F_HM0_WDATA[26]+5.838
pragma attribute MSS_005 ment_tco97 CLK_BASE->F_HM0_WDATA[27]+6.082
pragma attribute MSS_005 ment_tco98 CLK_BASE->F_HM0_WDATA[28]+6.261
pragma attribute MSS_005 ment_tco99 CLK_BASE->F_HM0_WDATA[29]+6.120
pragma attribute MSS_005 ment_tco100 CLK_BASE->F_HM0_WDATA[2]+5.946
pragma attribute MSS_005 ment_tco101 CLK_BASE->F_HM0_WDATA[30]+6.531
pragma attribute MSS_005 ment_tco102 CLK_BASE->F_HM0_WDATA[31]+6.205
pragma attribute MSS_005 ment_tco103 CLK_BASE->F_HM0_WDATA[3]+6.195
pragma attribute MSS_005 ment_tco104 CLK_BASE->F_HM0_WDATA[4]+5.665
pragma attribute MSS_005 ment_tco105 CLK_BASE->F_HM0_WDATA[5]+6.005
pragma attribute MSS_005 ment_tco106 CLK_BASE->F_HM0_WDATA[6]+6.229
pragma attribute MSS_005 ment_tco107 CLK_BASE->F_HM0_WDATA[7]+6.302
pragma attribute MSS_005 ment_tco108 CLK_BASE->F_HM0_WDATA[8]+6.187
pragma attribute MSS_005 ment_tco109 CLK_BASE->F_HM0_WDATA[9]+5.830
pragma attribute MSS_005 ment_tco110 CLK_BASE->F_HM0_WRITE+7.565
pragma attribute MSS_005 ment_tco111 CLK_BASE->H2FCALIB+3.861
pragma attribute MSS_005 ment_tco112 CLK_BASE->I2C0_SCL_MGPIO31B_H2F_B+3.675
pragma attribute MSS_005 ment_tco113 CLK_BASE->I2C0_SCL_USBC_DATA1_MGPIO31B_OE+3.949
pragma attribute MSS_005 ment_tco114 CLK_BASE->I2C0_SDA_MGPIO30B_H2F_A+3.458
pragma attribute MSS_005 ment_tco115 CLK_BASE->I2C0_SDA_MGPIO30B_H2F_B+3.438
pragma attribute MSS_005 ment_tco116 CLK_BASE->I2C0_SDA_USBC_DATA0_MGPIO30B_OE+3.400
pragma attribute MSS_005 ment_tco117 CLK_BASE->I2C1_SCL_MGPIO1A_H2F_B+3.431
pragma attribute MSS_005 ment_tco118 CLK_BASE->I2C1_SCL_USBA_DATA4_MGPIO1A_OE+3.433
pragma attribute MSS_005 ment_tco119 CLK_BASE->I2C1_SDA_MGPIO0A_H2F_A+3.684
pragma attribute MSS_005 ment_tco120 CLK_BASE->I2C1_SDA_MGPIO0A_H2F_B+3.491
pragma attribute MSS_005 ment_tco121 CLK_BASE->I2C1_SDA_USBA_DATA3_MGPIO0A_OE+3.404
pragma attribute MSS_005 ment_tco122 CLK_BASE->MMUART0_CTS_MGPIO19B_H2F_A+3.656
pragma attribute MSS_005 ment_tco123 CLK_BASE->MMUART0_CTS_MGPIO19B_H2F_B+3.549
pragma attribute MSS_005 ment_tco124 CLK_BASE->MMUART0_DCD_MGPIO22B_H2F_A+3.454
pragma attribute MSS_005 ment_tco125 CLK_BASE->MMUART0_DCD_MGPIO22B_H2F_B+3.495
pragma attribute MSS_005 ment_tco126 CLK_BASE->MMUART0_DSR_MGPIO20B_H2F_A+3.449
pragma attribute MSS_005 ment_tco127 CLK_BASE->MMUART0_DSR_MGPIO20B_H2F_B+3.578
pragma attribute MSS_005 ment_tco128 CLK_BASE->MMUART0_DTR_MGPIO18B_H2F_A+3.375
pragma attribute MSS_005 ment_tco129 CLK_BASE->MMUART0_DTR_MGPIO18B_H2F_B+3.502
pragma attribute MSS_005 ment_tco130 CLK_BASE->MMUART0_RI_MGPIO21B_H2F_A+3.553
pragma attribute MSS_005 ment_tco131 CLK_BASE->MMUART0_RI_MGPIO21B_H2F_B+3.466
pragma attribute MSS_005 ment_tco132 CLK_BASE->MMUART0_RTS_MGPIO17B_H2F_A+3.855
pragma attribute MSS_005 ment_tco133 CLK_BASE->MMUART0_RTS_MGPIO17B_H2F_B+3.877
pragma attribute MSS_005 ment_tco134 CLK_BASE->MMUART0_RXD_MGPIO28B_H2F_A+3.397
pragma attribute MSS_005 ment_tco135 CLK_BASE->MMUART0_RXD_MGPIO28B_H2F_B+3.357
pragma attribute MSS_005 ment_tco136 CLK_BASE->MMUART0_SCK_MGPIO29B_H2F_A+3.431
pragma attribute MSS_005 ment_tco137 CLK_BASE->MMUART0_SCK_MGPIO29B_H2F_B+3.556
pragma attribute MSS_005 ment_tco138 CLK_BASE->MMUART0_SCK_USBC_NXT_MGPIO29B_OE+3.793
pragma attribute MSS_005 ment_tco139 CLK_BASE->MMUART0_SCK_USBC_NXT_MGPIO29B_OUT+3.039
pragma attribute MSS_005 ment_tco140 CLK_BASE->MMUART0_TXD_MGPIO27B_H2F_A+3.643
pragma attribute MSS_005 ment_tco141 CLK_BASE->MMUART0_TXD_MGPIO27B_H2F_B+3.468
pragma attribute MSS_005 ment_tco142 CLK_BASE->MMUART0_TXD_USBC_DIR_MGPIO27B_OE+4.089
pragma attribute MSS_005 ment_tco143 CLK_BASE->MMUART0_TXD_USBC_DIR_MGPIO27B_OUT+3.856
pragma attribute MSS_005 ment_tco144 CLK_BASE->MMUART1_DTR_MGPIO12B_H2F_A+3.677
pragma attribute MSS_005 ment_tco145 CLK_BASE->MMUART1_RTS_MGPIO11B_H2F_A+3.375
pragma attribute MSS_005 ment_tco146 CLK_BASE->MMUART1_RTS_MGPIO11B_H2F_B+3.419
pragma attribute MSS_005 ment_tco147 CLK_BASE->MMUART1_RXD_MGPIO26B_H2F_A+3.614
pragma attribute MSS_005 ment_tco148 CLK_BASE->MMUART1_RXD_MGPIO26B_H2F_B+3.457
pragma attribute MSS_005 ment_tco149 CLK_BASE->MMUART1_SCK_MGPIO25B_H2F_A+3.462
pragma attribute MSS_005 ment_tco150 CLK_BASE->MMUART1_SCK_MGPIO25B_H2F_B+3.408
pragma attribute MSS_005 ment_tco151 CLK_BASE->MMUART1_SCK_USBC_DATA4_MGPIO25B_OE+4.698
pragma attribute MSS_005 ment_tco152 CLK_BASE->MMUART1_SCK_USBC_DATA4_MGPIO25B_OUT+3.495
pragma attribute MSS_005 ment_tco153 CLK_BASE->MMUART1_TXD_MGPIO24B_H2F_A+3.996
pragma attribute MSS_005 ment_tco154 CLK_BASE->MMUART1_TXD_MGPIO24B_H2F_B+3.785
pragma attribute MSS_005 ment_tco155 CLK_BASE->MMUART1_TXD_USBC_DATA2_MGPIO24B_OE+4.616
pragma attribute MSS_005 ment_tco156 CLK_BASE->MMUART1_TXD_USBC_DATA2_MGPIO24B_OUT+4.516
pragma attribute MSS_005 ment_tco157 CLK_BASE->RGMII_MDIO_RMII_MDIO_USBB_DATA7_OE+3.665
pragma attribute MSS_005 ment_tco158 CLK_BASE->RGMII_MDIO_RMII_MDIO_USBB_DATA7_OUT+4.140
pragma attribute MSS_005 ment_tco159 CLK_BASE->SPI0_SDI_MGPIO5A_H2F_A+3.511
pragma attribute MSS_005 ment_tco160 CLK_BASE->SPI0_SDI_MGPIO5A_H2F_B+3.471
pragma attribute MSS_005 ment_tco161 CLK_BASE->SPI0_SDO_MGPIO6A_H2F_A+4.337
pragma attribute MSS_005 ment_tco162 CLK_BASE->SPI0_SDO_MGPIO6A_H2F_B+4.244
pragma attribute MSS_005 ment_tco163 CLK_BASE->SPI0_SDO_USBA_STP_MGPIO6A_OE+5.858
pragma attribute MSS_005 ment_tco164 CLK_BASE->SPI0_SDO_USBA_STP_MGPIO6A_OUT+5.808
pragma attribute MSS_005 ment_tco165 CLK_BASE->SPI0_SS0_MGPIO7A_H2F_A+3.983
pragma attribute MSS_005 ment_tco166 CLK_BASE->SPI0_SS0_MGPIO7A_H2F_B+3.568
pragma attribute MSS_005 ment_tco167 CLK_BASE->SPI0_SS1_MGPIO8A_H2F_A+3.534
pragma attribute MSS_005 ment_tco168 CLK_BASE->SPI0_SS1_MGPIO8A_H2F_B+3.519
pragma attribute MSS_005 ment_tco169 CLK_BASE->SPI0_SS2_MGPIO9A_H2F_A+3.373
pragma attribute MSS_005 ment_tco170 CLK_BASE->SPI0_SS2_MGPIO9A_H2F_B+3.515
pragma attribute MSS_005 ment_tco171 CLK_BASE->SPI0_SS3_MGPIO10A_H2F_A+3.481
pragma attribute MSS_005 ment_tco172 CLK_BASE->SPI0_SS3_MGPIO10A_H2F_B+3.428
pragma attribute MSS_005 ment_tco173 CLK_BASE->SPI0_SS4_MGPIO19A_H2F_A+3.739
pragma attribute MSS_005 ment_tco174 CLK_BASE->SPI0_SS5_MGPIO20A_H2F_A+3.610
pragma attribute MSS_005 ment_tco175 CLK_BASE->SPI0_SS6_MGPIO21A_H2F_A+3.606
pragma attribute MSS_005 ment_tco176 CLK_BASE->SPI0_SS7_MGPIO22A_H2F_A+3.537
pragma attribute MSS_005 ment_tco177 CLK_BASE->SPI1_SDI_MGPIO11A_H2F_A+3.370
pragma attribute MSS_005 ment_tco178 CLK_BASE->SPI1_SDI_MGPIO11A_H2F_B+3.462
pragma attribute MSS_005 ment_tco179 CLK_BASE->SPI1_SDO_MGPIO12A_H2F_A+3.507
pragma attribute MSS_005 ment_tco180 CLK_BASE->SPI1_SDO_MGPIO12A_H2F_B+3.385
pragma attribute MSS_005 ment_tco181 CLK_BASE->SPI1_SS0_MGPIO13A_H2F_A+3.438
pragma attribute MSS_005 ment_tco182 CLK_BASE->SPI1_SS0_MGPIO13A_H2F_B+3.446
pragma attribute MSS_005 ment_tco183 CLK_BASE->SPI1_SS1_MGPIO14A_H2F_A+3.653
pragma attribute MSS_005 ment_tco184 CLK_BASE->SPI1_SS1_MGPIO14A_H2F_B+3.831
pragma attribute MSS_005 ment_tco185 CLK_BASE->SPI1_SS2_MGPIO15A_H2F_A+4.276
pragma attribute MSS_005 ment_tco186 CLK_BASE->SPI1_SS2_MGPIO15A_H2F_B+3.571
pragma attribute MSS_005 ment_tco187 CLK_BASE->SPI1_SS3_MGPIO16A_H2F_A+3.756
pragma attribute MSS_005 ment_tco188 CLK_BASE->SPI1_SS3_MGPIO16A_H2F_B+3.737
pragma attribute MSS_005 ment_tco189 CLK_BASE->SPI1_SS4_MGPIO17A_H2F_A+3.823
pragma attribute MSS_005 ment_tco190 CLK_BASE->SPI1_SS5_MGPIO18A_H2F_A+3.603
pragma attribute MSS_005 ment_tco191 CLK_BASE->SPI1_SS6_MGPIO23A_H2F_A+3.716
pragma attribute MSS_005 ment_tco192 CLK_BASE->SPI1_SS7_MGPIO24A_H2F_A+3.992
*/
/* synthesis black_box black_box_pad ="" */
 ;
output CAN_RXBUS_MGPIO3A_H2F_A;
output CAN_RXBUS_MGPIO3A_H2F_B;
output CAN_TX_EBL_MGPIO4A_H2F_A;
output CAN_TX_EBL_MGPIO4A_H2F_B;
output CAN_TXBUS_MGPIO2A_H2F_A;
output CAN_TXBUS_MGPIO2A_H2F_B;
output CLK_CONFIG_APB;
output COMMS_INT;
output CONFIG_PRESET_N;
output [7:0] EDAC_ERROR;
output [31:0] F_FM0_RDATA;
output F_FM0_READYOUT;
output F_FM0_RESP;
output [31:0] F_HM0_ADDR;
output F_HM0_ENABLE;
output F_HM0_SEL;
output [1:0] F_HM0_SIZE;
output F_HM0_TRANS1;
output [31:0] F_HM0_WDATA;
output F_HM0_WRITE;
output FAB_CHRGVBUS;
output FAB_DISCHRGVBUS;
output FAB_DMPULLDOWN;
output FAB_DPPULLDOWN;
output FAB_DRVVBUS;
output FAB_IDPULLUP;
output [1:0] FAB_OPMODE;
output FAB_SUSPENDM;
output FAB_TERMSEL;
output FAB_TXVALID;
output [3:0] FAB_VCONTROL;
output FAB_VCONTROLLOADM;
output [1:0] FAB_XCVRSEL;
output [7:0] FAB_XDATAOUT;
output FACC_GLMUX_SEL;
output [1:0] FIC32_0_MASTER;
output [1:0] FIC32_1_MASTER;
output FPGA_RESET_N;
output GTX_CLK;
output [15:0] H2F_INTERRUPT;
output H2F_NMI;
output H2FCALIB;
output I2C0_SCL_MGPIO31B_H2F_A;
output I2C0_SCL_MGPIO31B_H2F_B;
output I2C0_SDA_MGPIO30B_H2F_A;
output I2C0_SDA_MGPIO30B_H2F_B;
output I2C1_SCL_MGPIO1A_H2F_A;
output I2C1_SCL_MGPIO1A_H2F_B;
output I2C1_SDA_MGPIO0A_H2F_A;
output I2C1_SDA_MGPIO0A_H2F_B;
output MDCF;
output MDOENF;
output MDOF;
output MMUART0_CTS_MGPIO19B_H2F_A;
output MMUART0_CTS_MGPIO19B_H2F_B;
output MMUART0_DCD_MGPIO22B_H2F_A;
output MMUART0_DCD_MGPIO22B_H2F_B;
output MMUART0_DSR_MGPIO20B_H2F_A;
output MMUART0_DSR_MGPIO20B_H2F_B;
output MMUART0_DTR_MGPIO18B_H2F_A;
output MMUART0_DTR_MGPIO18B_H2F_B;
output MMUART0_RI_MGPIO21B_H2F_A;
output MMUART0_RI_MGPIO21B_H2F_B;
output MMUART0_RTS_MGPIO17B_H2F_A;
output MMUART0_RTS_MGPIO17B_H2F_B;
output MMUART0_RXD_MGPIO28B_H2F_A;
output MMUART0_RXD_MGPIO28B_H2F_B;
output MMUART0_SCK_MGPIO29B_H2F_A;
output MMUART0_SCK_MGPIO29B_H2F_B;
output MMUART0_TXD_MGPIO27B_H2F_A;
output MMUART0_TXD_MGPIO27B_H2F_B;
output MMUART1_DTR_MGPIO12B_H2F_A;
output MMUART1_RTS_MGPIO11B_H2F_A;
output MMUART1_RTS_MGPIO11B_H2F_B;
output MMUART1_RXD_MGPIO26B_H2F_A;
output MMUART1_RXD_MGPIO26B_H2F_B;
output MMUART1_SCK_MGPIO25B_H2F_A;
output MMUART1_SCK_MGPIO25B_H2F_B;
output MMUART1_TXD_MGPIO24B_H2F_A;
output MMUART1_TXD_MGPIO24B_H2F_B;
output MPLL_LOCK;
output [15:2] PER2_FABRIC_PADDR;
output PER2_FABRIC_PENABLE;
output PER2_FABRIC_PSEL;
output [31:0] PER2_FABRIC_PWDATA;
output PER2_FABRIC_PWRITE;
output RTC_MATCH;
output SLEEPDEEP;
output SLEEPHOLDACK;
output SLEEPING;
output SMBALERT_NO0;
output SMBALERT_NO1;
output SMBSUS_NO0;
output SMBSUS_NO1;
output SPI0_CLK_OUT;
output SPI0_SDI_MGPIO5A_H2F_A;
output SPI0_SDI_MGPIO5A_H2F_B;
output SPI0_SDO_MGPIO6A_H2F_A;
output SPI0_SDO_MGPIO6A_H2F_B;
output SPI0_SS0_MGPIO7A_H2F_A;
output SPI0_SS0_MGPIO7A_H2F_B;
output SPI0_SS1_MGPIO8A_H2F_A;
output SPI0_SS1_MGPIO8A_H2F_B;
output SPI0_SS2_MGPIO9A_H2F_A;
output SPI0_SS2_MGPIO9A_H2F_B;
output SPI0_SS3_MGPIO10A_H2F_A;
output SPI0_SS3_MGPIO10A_H2F_B;
output SPI0_SS4_MGPIO19A_H2F_A;
output SPI0_SS5_MGPIO20A_H2F_A;
output SPI0_SS6_MGPIO21A_H2F_A;
output SPI0_SS7_MGPIO22A_H2F_A;
output SPI1_CLK_OUT;
output SPI1_SDI_MGPIO11A_H2F_A;
output SPI1_SDI_MGPIO11A_H2F_B;
output SPI1_SDO_MGPIO12A_H2F_A;
output SPI1_SDO_MGPIO12A_H2F_B;
output SPI1_SS0_MGPIO13A_H2F_A;
output SPI1_SS0_MGPIO13A_H2F_B;
output SPI1_SS1_MGPIO14A_H2F_A;
output SPI1_SS1_MGPIO14A_H2F_B;
output SPI1_SS2_MGPIO15A_H2F_A;
output SPI1_SS2_MGPIO15A_H2F_B;
output SPI1_SS3_MGPIO16A_H2F_A;
output SPI1_SS3_MGPIO16A_H2F_B;
output SPI1_SS4_MGPIO17A_H2F_A;
output SPI1_SS5_MGPIO18A_H2F_A;
output SPI1_SS6_MGPIO23A_H2F_A;
output SPI1_SS7_MGPIO24A_H2F_A;
output [9:0] TCGF;
output TRACECLK;
output [3:0] TRACEDATA;
output TX_CLK;
output TX_ENF;
output TX_ERRF;
output TXCTL_EN_RIF;
output [3:0] TXD_RIF;
output [7:0] TXDF;
output TXEV;
output WDOGTIMEOUT;
output F_ARREADY_HREADYOUT1;
output F_AWREADY_HREADYOUT0;
output [3:0] F_BID;
output [1:0] F_BRESP_HRESP0;
output F_BVALID;
output [63:0] F_RDATA_HRDATA01;
output [3:0] F_RID;
output F_RLAST;
output [1:0] F_RRESP_HRESP1;
output F_RVALID;
output F_WREADY;
output [15:0] MDDR_FABRIC_PRDATA;
output MDDR_FABRIC_PREADY;
output MDDR_FABRIC_PSLVERR;
input  CAN_RXBUS_F2H_SCP;
input  CAN_TX_EBL_F2H_SCP;
input  CAN_TXBUS_F2H_SCP;
input  COLF;
input  CRSF;
input  [1:0] F2_DMAREADY;
input  [15:0] F2H_INTERRUPT;
input  F2HCALIB;
input  [1:0] F_DMAREADY;
input  [31:0] F_FM0_ADDR;
input  F_FM0_ENABLE;
input  F_FM0_MASTLOCK;
input  F_FM0_READY;
input  F_FM0_SEL;
input  [1:0] F_FM0_SIZE;
input  F_FM0_TRANS1;
input  [31:0] F_FM0_WDATA;
input  F_FM0_WRITE;
input  [31:0] F_HM0_RDATA;
input  F_HM0_READY;
input  F_HM0_RESP;
input  FAB_AVALID;
input  FAB_HOSTDISCON;
input  FAB_IDDIG;
input  [1:0] FAB_LINESTATE;
input  FAB_M3_RESET_N;
input  FAB_PLL_LOCK;
input  FAB_RXACTIVE;
input  FAB_RXERROR;
input  FAB_RXVALID;
input  FAB_RXVALIDH;
input  FAB_SESSEND;
input  FAB_TXREADY;
input  FAB_VBUSVALID;
input  [7:0] FAB_VSTATUS;
input  [7:0] FAB_XDATAIN;
input  GTX_CLKPF;
input  I2C0_BCLK;
input  I2C0_SCL_F2H_SCP;
input  I2C0_SDA_F2H_SCP;
input  I2C1_BCLK;
input  I2C1_SCL_F2H_SCP;
input  I2C1_SDA_F2H_SCP;
input  MDIF;
input  MGPIO0A_F2H_GPIN;
input  MGPIO10A_F2H_GPIN;
input  MGPIO11A_F2H_GPIN;
input  MGPIO11B_F2H_GPIN;
input  MGPIO12A_F2H_GPIN;
input  MGPIO13A_F2H_GPIN;
input  MGPIO14A_F2H_GPIN;
input  MGPIO15A_F2H_GPIN;
input  MGPIO16A_F2H_GPIN;
input  MGPIO17B_F2H_GPIN;
input  MGPIO18B_F2H_GPIN;
input  MGPIO19B_F2H_GPIN;
input  MGPIO1A_F2H_GPIN;
input  MGPIO20B_F2H_GPIN;
input  MGPIO21B_F2H_GPIN;
input  MGPIO22B_F2H_GPIN;
input  MGPIO24B_F2H_GPIN;
input  MGPIO25B_F2H_GPIN;
input  MGPIO26B_F2H_GPIN;
input  MGPIO27B_F2H_GPIN;
input  MGPIO28B_F2H_GPIN;
input  MGPIO29B_F2H_GPIN;
input  MGPIO2A_F2H_GPIN;
input  MGPIO30B_F2H_GPIN;
input  MGPIO31B_F2H_GPIN;
input  MGPIO3A_F2H_GPIN;
input  MGPIO4A_F2H_GPIN;
input  MGPIO5A_F2H_GPIN;
input  MGPIO6A_F2H_GPIN;
input  MGPIO7A_F2H_GPIN;
input  MGPIO8A_F2H_GPIN;
input  MGPIO9A_F2H_GPIN;
input  MMUART0_CTS_F2H_SCP;
input  MMUART0_DCD_F2H_SCP;
input  MMUART0_DSR_F2H_SCP;
input  MMUART0_DTR_F2H_SCP;
input  MMUART0_RI_F2H_SCP;
input  MMUART0_RTS_F2H_SCP;
input  MMUART0_RXD_F2H_SCP;
input  MMUART0_SCK_F2H_SCP;
input  MMUART0_TXD_F2H_SCP;
input  MMUART1_CTS_F2H_SCP;
input  MMUART1_DCD_F2H_SCP;
input  MMUART1_DSR_F2H_SCP;
input  MMUART1_RI_F2H_SCP;
input  MMUART1_RTS_F2H_SCP;
input  MMUART1_RXD_F2H_SCP;
input  MMUART1_SCK_F2H_SCP;
input  MMUART1_TXD_F2H_SCP;
input  [31:0] PER2_FABRIC_PRDATA;
input  PER2_FABRIC_PREADY;
input  PER2_FABRIC_PSLVERR;
input  [9:0] RCGF;
input  RX_CLKPF;
input  RX_DVF;
input  RX_ERRF;
input  RX_EV;
input  [7:0] RXDF;
input  SLEEPHOLDREQ;
input  SMBALERT_NI0;
input  SMBALERT_NI1;
input  SMBSUS_NI0;
input  SMBSUS_NI1;
input  SPI0_CLK_IN;
input  SPI0_SDI_F2H_SCP;
input  SPI0_SDO_F2H_SCP;
input  SPI0_SS0_F2H_SCP;
input  SPI0_SS1_F2H_SCP;
input  SPI0_SS2_F2H_SCP;
input  SPI0_SS3_F2H_SCP;
input  SPI1_CLK_IN;
input  SPI1_SDI_F2H_SCP;
input  SPI1_SDO_F2H_SCP;
input  SPI1_SS0_F2H_SCP;
input  SPI1_SS1_F2H_SCP;
input  SPI1_SS2_F2H_SCP;
input  SPI1_SS3_F2H_SCP;
input  TX_CLKPF;
input  USER_MSS_GPIO_RESET_N;
input  USER_MSS_RESET_N;
input  XCLK_FAB;
input  CLK_BASE;
input  CLK_MDDR_APB;
input  [31:0] F_ARADDR_HADDR1;
input  [1:0] F_ARBURST_HTRANS1;
input  [3:0] F_ARID_HSEL1;
input  [3:0] F_ARLEN_HBURST1;
input  [1:0] F_ARLOCK_HMASTLOCK1;
input  [1:0] F_ARSIZE_HSIZE1;
input  F_ARVALID_HWRITE1;
input  [31:0] F_AWADDR_HADDR0;
input  [1:0] F_AWBURST_HTRANS0;
input  [3:0] F_AWID_HSEL0;
input  [3:0] F_AWLEN_HBURST0;
input  [1:0] F_AWLOCK_HMASTLOCK0;
input  [1:0] F_AWSIZE_HSIZE0;
input  F_AWVALID_HWRITE0;
input  F_BREADY;
input  F_RMW_AXI;
input  F_RREADY;
input  [63:0] F_WDATA_HWDATA01;
input  [3:0] F_WID_HREADY01;
input  F_WLAST;
input  [7:0] F_WSTRB;
input  F_WVALID;
input  FPGA_MDDR_ARESET_N;
input  [10:2] MDDR_FABRIC_PADDR;
input  MDDR_FABRIC_PENABLE;
input  MDDR_FABRIC_PSEL;
input  [15:0] MDDR_FABRIC_PWDATA;
input  MDDR_FABRIC_PWRITE;
input  PRESET_N;
input  CAN_RXBUS_USBA_DATA1_MGPIO3A_IN;
input  CAN_TX_EBL_USBA_DATA2_MGPIO4A_IN;
input  CAN_TXBUS_USBA_DATA0_MGPIO2A_IN;
input  [2:0] DM_IN;
input  [17:0] DRAM_DQ_IN;
input  [2:0] DRAM_DQS_IN;
input  [1:0] DRAM_FIFO_WE_IN;
input  I2C0_SCL_USBC_DATA1_MGPIO31B_IN;
input  I2C0_SDA_USBC_DATA0_MGPIO30B_IN;
input  I2C1_SCL_USBA_DATA4_MGPIO1A_IN;
input  I2C1_SDA_USBA_DATA3_MGPIO0A_IN;
input  MMUART0_RXD_USBC_STP_MGPIO28B_IN;
input  MMUART0_SCK_USBC_NXT_MGPIO29B_IN;
input  MMUART0_TXD_USBC_DIR_MGPIO27B_IN;
input  MMUART1_RXD_USBC_DATA3_MGPIO26B_IN;
input  MMUART1_SCK_USBC_DATA4_MGPIO25B_IN;
input  MMUART1_TXD_USBC_DATA2_MGPIO24B_IN;
input  RGMII_GTX_CLK_RMII_CLK_USBB_XCLK_IN;
input  RGMII_MDC_RMII_MDC_IN;
input  RGMII_MDIO_RMII_MDIO_USBB_DATA7_IN;
input  RGMII_RX_CLK_IN;
input  RGMII_RX_CTL_RMII_CRS_DV_USBB_DATA2_IN;
input  RGMII_RXD0_RMII_RXD0_USBB_DATA0_IN;
input  RGMII_RXD1_RMII_RXD1_USBB_DATA1_IN;
input  RGMII_RXD2_RMII_RX_ER_USBB_DATA3_IN;
input  RGMII_RXD3_USBB_DATA4_IN;
input  RGMII_TX_CLK_IN;
input  RGMII_TX_CTL_RMII_TX_EN_USBB_NXT_IN;
input  RGMII_TXD0_RMII_TXD0_USBB_DIR_IN;
input  RGMII_TXD1_RMII_TXD1_USBB_STP_IN;
input  RGMII_TXD2_USBB_DATA5_IN;
input  RGMII_TXD3_USBB_DATA6_IN;
input  SPI0_SCK_USBA_XCLK_IN;
input  SPI0_SDI_USBA_DIR_MGPIO5A_IN;
input  SPI0_SDO_USBA_STP_MGPIO6A_IN;
input  SPI0_SS0_USBA_NXT_MGPIO7A_IN;
input  USBC_XCLK_IN;
output CAN_RXBUS_USBA_DATA1_MGPIO3A_OUT;
output CAN_TX_EBL_USBA_DATA2_MGPIO4A_OUT;
output CAN_TXBUS_USBA_DATA0_MGPIO2A_OUT;
output [15:0] DRAM_ADDR;
output [2:0] DRAM_BA;
output DRAM_CASN;
output DRAM_CKE;
output DRAM_CLK;
output DRAM_CSN;
output [2:0] DRAM_DM_RDQS_OUT;
output [17:0] DRAM_DQ_OUT;
output [2:0] DRAM_DQS_OUT;
output [1:0] DRAM_FIFO_WE_OUT;
output DRAM_ODT;
output DRAM_RASN;
output DRAM_RSTN;
output DRAM_WEN;
output I2C0_SCL_USBC_DATA1_MGPIO31B_OUT;
output I2C0_SDA_USBC_DATA0_MGPIO30B_OUT;
output I2C1_SCL_USBA_DATA4_MGPIO1A_OUT;
output I2C1_SDA_USBA_DATA3_MGPIO0A_OUT;
output MMUART0_RXD_USBC_STP_MGPIO28B_OUT;
output MMUART0_SCK_USBC_NXT_MGPIO29B_OUT;
output MMUART0_TXD_USBC_DIR_MGPIO27B_OUT;
output MMUART1_RXD_USBC_DATA3_MGPIO26B_OUT;
output MMUART1_SCK_USBC_DATA4_MGPIO25B_OUT;
output MMUART1_TXD_USBC_DATA2_MGPIO24B_OUT;
output RGMII_GTX_CLK_RMII_CLK_USBB_XCLK_OUT;
output RGMII_MDC_RMII_MDC_OUT;
output RGMII_MDIO_RMII_MDIO_USBB_DATA7_OUT;
output RGMII_RX_CLK_OUT;
output RGMII_RX_CTL_RMII_CRS_DV_USBB_DATA2_OUT;
output RGMII_RXD0_RMII_RXD0_USBB_DATA0_OUT;
output RGMII_RXD1_RMII_RXD1_USBB_DATA1_OUT;
output RGMII_RXD2_RMII_RX_ER_USBB_DATA3_OUT;
output RGMII_RXD3_USBB_DATA4_OUT;
output RGMII_TX_CLK_OUT;
output RGMII_TX_CTL_RMII_TX_EN_USBB_NXT_OUT;
output RGMII_TXD0_RMII_TXD0_USBB_DIR_OUT;
output RGMII_TXD1_RMII_TXD1_USBB_STP_OUT;
output RGMII_TXD2_USBB_DATA5_OUT;
output RGMII_TXD3_USBB_DATA6_OUT;
output SPI0_SCK_USBA_XCLK_OUT;
output SPI0_SDI_USBA_DIR_MGPIO5A_OUT;
output SPI0_SDO_USBA_STP_MGPIO6A_OUT;
output SPI0_SS0_USBA_NXT_MGPIO7A_OUT;
output USBC_XCLK_OUT;
output CAN_RXBUS_USBA_DATA1_MGPIO3A_OE;
output CAN_TX_EBL_USBA_DATA2_MGPIO4A_OE;
output CAN_TXBUS_USBA_DATA0_MGPIO2A_OE;
output [2:0] DM_OE;
output [17:0] DRAM_DQ_OE;
output [2:0] DRAM_DQS_OE;
output I2C0_SCL_USBC_DATA1_MGPIO31B_OE;
output I2C0_SDA_USBC_DATA0_MGPIO30B_OE;
output I2C1_SCL_USBA_DATA4_MGPIO1A_OE;
output I2C1_SDA_USBA_DATA3_MGPIO0A_OE;
output MMUART0_RXD_USBC_STP_MGPIO28B_OE;
output MMUART0_SCK_USBC_NXT_MGPIO29B_OE;
output MMUART0_TXD_USBC_DIR_MGPIO27B_OE;
output MMUART1_RXD_USBC_DATA3_MGPIO26B_OE;
output MMUART1_SCK_USBC_DATA4_MGPIO25B_OE;
output MMUART1_TXD_USBC_DATA2_MGPIO24B_OE;
output RGMII_GTX_CLK_RMII_CLK_USBB_XCLK_OE;
output RGMII_MDC_RMII_MDC_OE;
output RGMII_MDIO_RMII_MDIO_USBB_DATA7_OE;
output RGMII_RX_CLK_OE;
output RGMII_RX_CTL_RMII_CRS_DV_USBB_DATA2_OE;
output RGMII_RXD0_RMII_RXD0_USBB_DATA0_OE;
output RGMII_RXD1_RMII_RXD1_USBB_DATA1_OE;
output RGMII_RXD2_RMII_RX_ER_USBB_DATA3_OE;
output RGMII_RXD3_USBB_DATA4_OE;
output RGMII_TX_CLK_OE;
output RGMII_TX_CTL_RMII_TX_EN_USBB_NXT_OE;
output RGMII_TXD0_RMII_TXD0_USBB_DIR_OE;
output RGMII_TXD1_RMII_TXD1_USBB_STP_OE;
output RGMII_TXD2_USBB_DATA5_OE;
output RGMII_TXD3_USBB_DATA6_OE;
output SPI0_SCK_USBA_XCLK_OE;
output SPI0_SDI_USBA_DIR_MGPIO5A_OE;
output SPI0_SDO_USBA_STP_MGPIO6A_OE;
output SPI0_SS0_USBA_NXT_MGPIO7A_OE;
output USBC_XCLK_OE;
parameter INIT = 'h0;
parameter ACT_UBITS = 'h0;
parameter MEMORYFILE = "";
parameter RTC_MAIN_XTL_FREQ = 0.0;
parameter RTC_MAIN_XTL_MODE = "";
parameter DDR_CLK_FREQ = 0.0;

endmodule